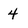
Character: 4